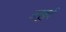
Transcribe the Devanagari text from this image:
अनुकुई